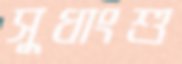
সুধাংশু